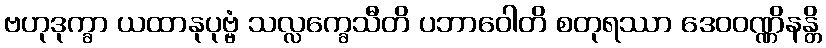
ဗဟုဒုက္ခာ ယထာနုပုဗ္ဗံ သလ္လက္ခေသီတိ ပဘာဝေါတိ စတုရဿာ ဒေဝဝဏ္ဏိနန္တိ